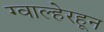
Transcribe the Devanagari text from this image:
ग्वाल्हेरहून